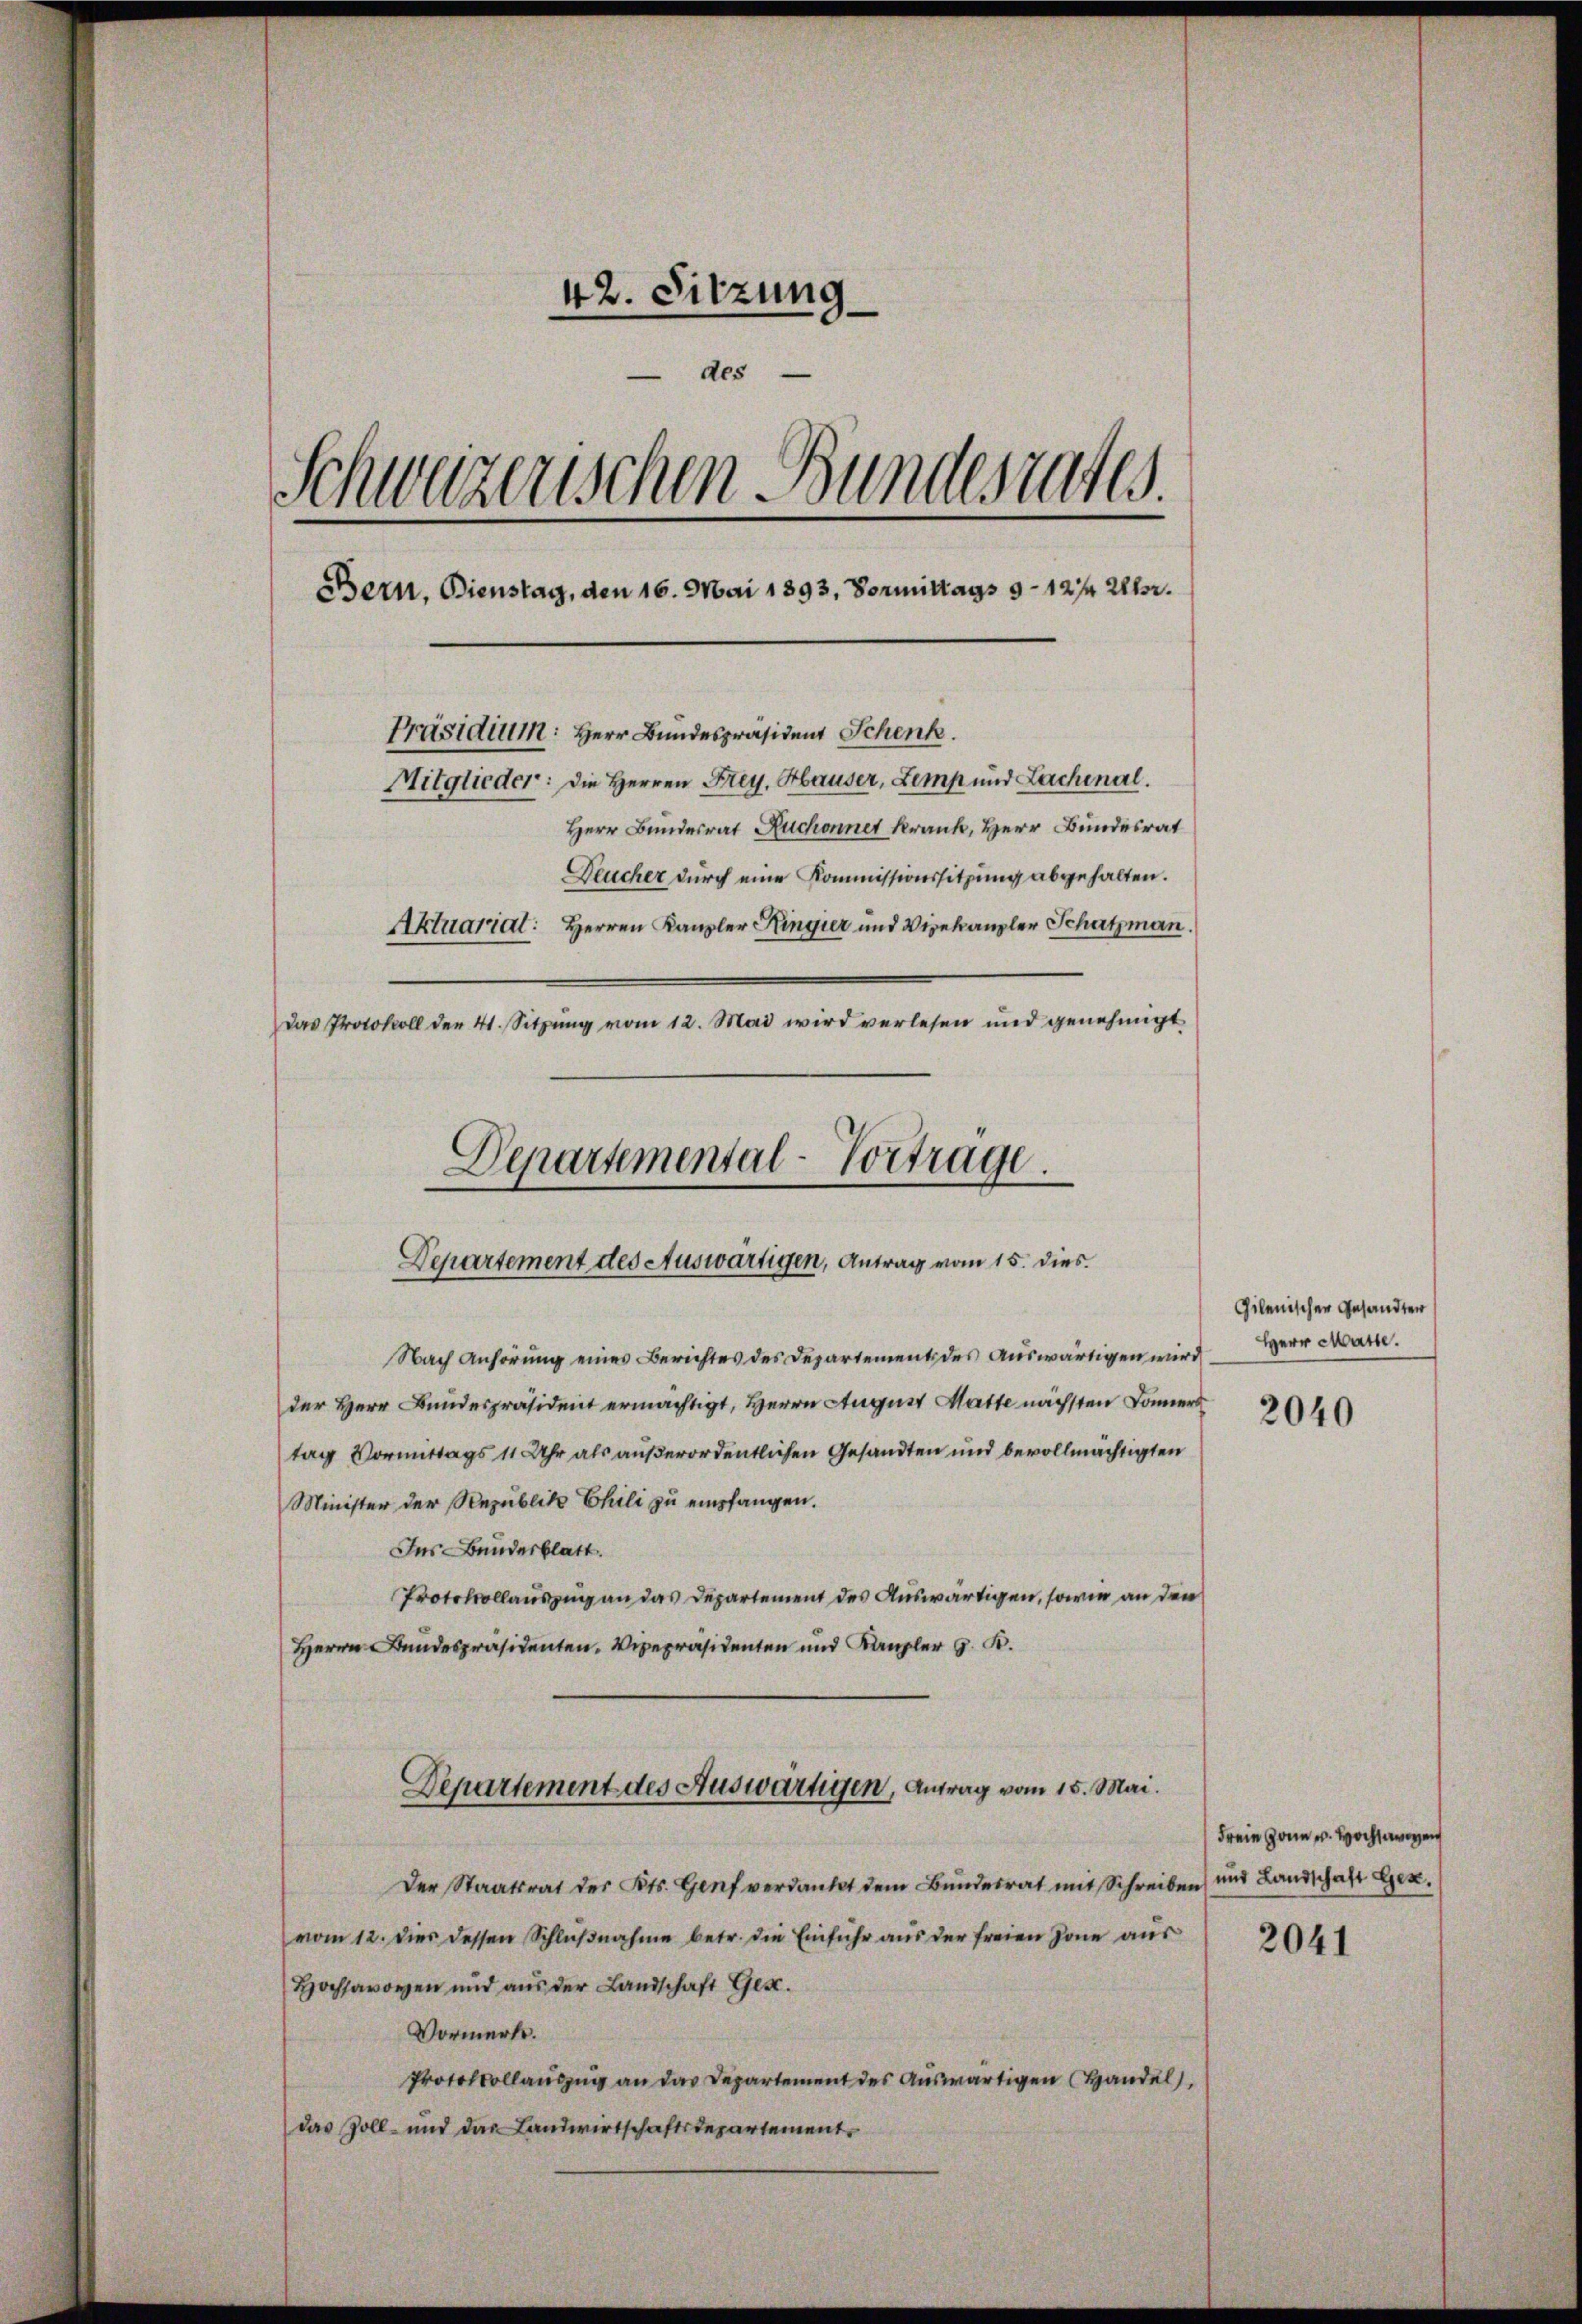
42. Sitzung
des
Schweizerischen Bundesrates.
Bern. Dienstag, den 16. Mai 1893, Vormittags 9 - 12/4 Uhr.
Präsidium: Herr Bundespräsident Schenk.
Mitglieder: die Herren Frey, Hauser, Lemp und Lachenal.
Herr Bundesrat Ruchonnet krank, Herr Bundesrat
Deucher durch eine Kommissionssitzung abgehalten.
Aktuariat: Herren Kanzler Kingier und Vizekanzler Schatzman
das Protokoll den 41. Sitzung vom 12. Mai wird verlesen und genehmigt

Departemental-Vortrage.
Departement des Auswärtigen, Antrag vom 15. dies

Nach Anhörung eines Berichtes des Departement des auswärtigen wird
der Herr Bundespräsident ermächtigt, Herrn August Matte nächsten Donner
tag Vormittags 11 Uhr als außerordentlichen Gesandten und bevollmächtigten
Minister der Republike Phili zu empfangen.
Ins Bundesblatt.
Protokollauszug an das Departement des Auswärtigen, sowie an den
Herrn Bundespräsidenten. Vizepräsidenten und Kanzler G. K.
Departement des Auswärtigen, Antrag vom 15. Mai.
Der Staatsrat des Kts. Genf verdankt dem Bŭndesrat mit Schreiben und Landschaft Gex,
vom 12. Dies dessen Schlŭβnahme betr. die Einfuhr aus der freien Zone aus
Hochsavoren und aŭs der Landschaft Ges.
Vormerke.
Protokollauszug an das Departement des Auswärtigen Handel
das Zoll- und das Landwirtschaftsdepartement

Gilenischer Gesandten
Herr Matte.

2040

Freie Hann u. Hochen

2041